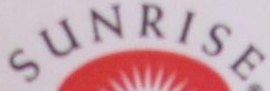
SUNRISE